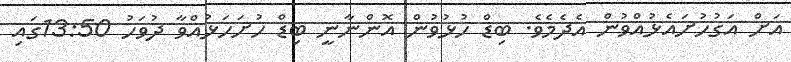
އަށް އަގުހުށައެޅުއްވުން އެދެމެވެ. ބިޑް ހުޅުވުން އޮންނާނީ ބިޑް ހުށަހަޅުއްވާ ދުވަހު 13:50ގައި